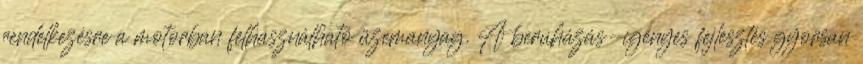
rendelkezésre a motorban felhasználható üzemanyag. A beruházás-igényes fejlesztés gyorsan